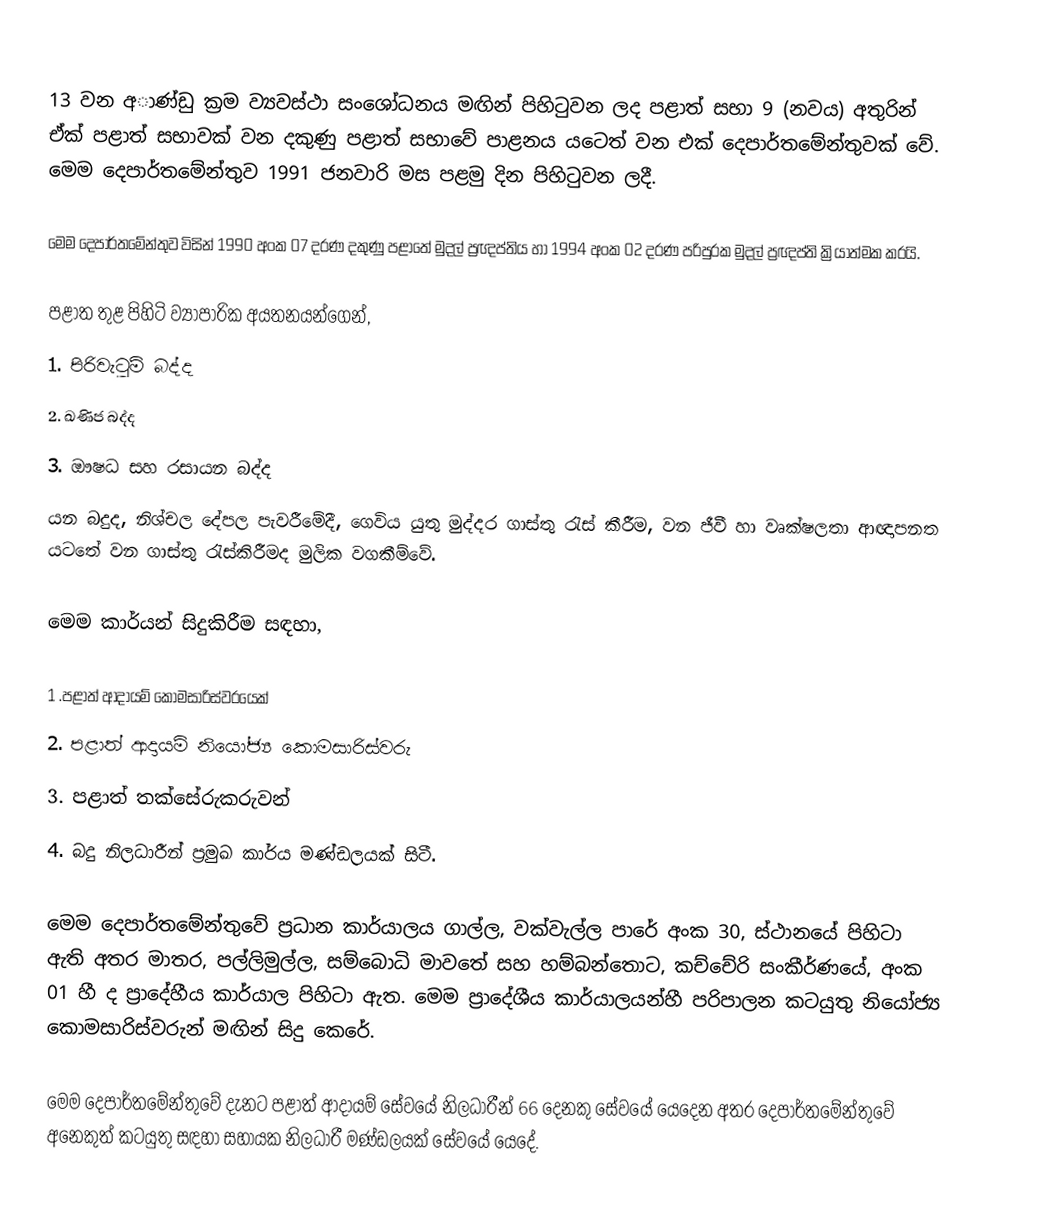
13 වන අාණ්ඩු ක්‍රම ව්‍යවස්ථා සංශෝධනය මඟින් පිහිටුවන ලද පළාත් සභා 9 (නවය) අතුරින් ඒක් පළාත් සභාවක් වන දකුණු පළාත් සභාවේ පාළනය යටෙත් වන එක් දෙපාර්තමේන්තුවක් වේ. මෙම දෙපාර්තමේන්තුව 1991 ජනවාරි මස පළමු දින පිහිටුවන ලදී.

මෙම දෙපාර්තමේන්තුව විසින් 1990 අංක 07 දරණ දකුණු පළාතේ මුදල් ප්‍රඥප්තිය හා 1994 අංක 02 දරණ පරිපුරක මුදල් ප්‍රඥප්ති ක්‍රියාත්මක කරයි.

පළාත තුළ පිහිටි ව්‍යාපාරික අයතනයන්ගෙන්,
 1.	පිරිවැටුම් බද්ද
 2.	ඛණිජ බද්ද
 3.	ඖෂධ සහ රසායන බද්ද
යන බදුද, නිශ්චල දේපල පැවරීමේදී, ගෙවිය යුතු මුද්දර ගාස්තු රැස් කීරීම, වන ජීවී හා වෘක්ෂලතා ආඥාපනත යටතේ වන ගාස්තු රැස්කිරීමද මුලික වගකීම්වේ.

මෙම කාර්යන් සිදුකිරීම සඳහා,

 1 .පළාත් ආදායම් කොමසාරිස්වරයෙක්
 2. පළාත් ආදායම් නියෝජ්‍ය කොමසාරිස්වරු
 3. පළාත් තක්සේරුකරුවන්
 4. බදු නිලධාරීන් ප්‍රමුඛ කාර්ය මණ්ඩලයක් සිටී.

මෙම දෙපාර්තමේන්තුවේ ප්‍රධාන කාර්යාලය ගාල්ල, වක්වැල්ල පාරේ අංක 30, ස්ථානයේ පිහිටා ඇති අතර මාතර, පල්ලිමුල්ල, සම්බොධි මාවතේ සහ හම්බන්තොට, කච්චේරි සංකීර්ණයේ, අංක 01 හී ද ප්‍රාදේහීය කාර්යාල පිහිටා ඇත. මෙම ප්‍රාදේශීය කාර්යාලයන්හී පරිපාලන කටයුතු නියෝජ්‍ය කොමසාරිස්වරුන් මඟින් සිදු කෙරේ.

මෙම දෙපාර්තමේන්තුවේ දැනට පළාත් ආදායම් සේවයේ නිලධාරීන් 66 දෙනකු සේවයේ යෙදෙන අතර දෙපාර්තමේන්තුවේ අනෙකුත් කටයුතු සඳහා සහායක නිලධාරී මණ්ඩලයක් සේවයේ යෙදේ.